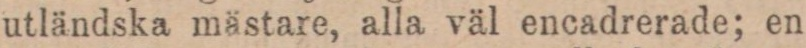
utländska mästare, alla väl encadrerade; en